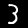
Label: 3